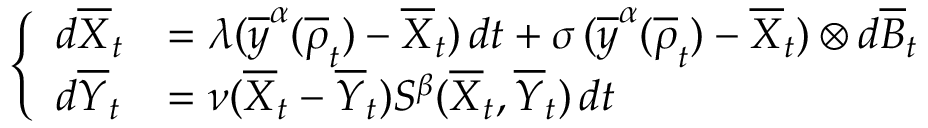
\left\{ \begin{array} { l l } { d \overline { X } _ { t } } & { = \lambda ( \overline { y } ^ { \alpha } ( \overline { \rho } _ { t } ) - \overline { X } _ { t } ) \, d t + \sigma \, ( \overline { y } ^ { \alpha } ( \overline { \rho } _ { t } ) - \overline { X } _ { t } ) \otimes d \overline { B } _ { t } } \\ { d \overline { Y } _ { t } } & { = \nu ( \overline { X } _ { t } - \overline { Y } _ { t } ) S ^ { \beta } ( \overline { X } _ { t } , \overline { Y } _ { t } ) \, d t } \end{array} \right.